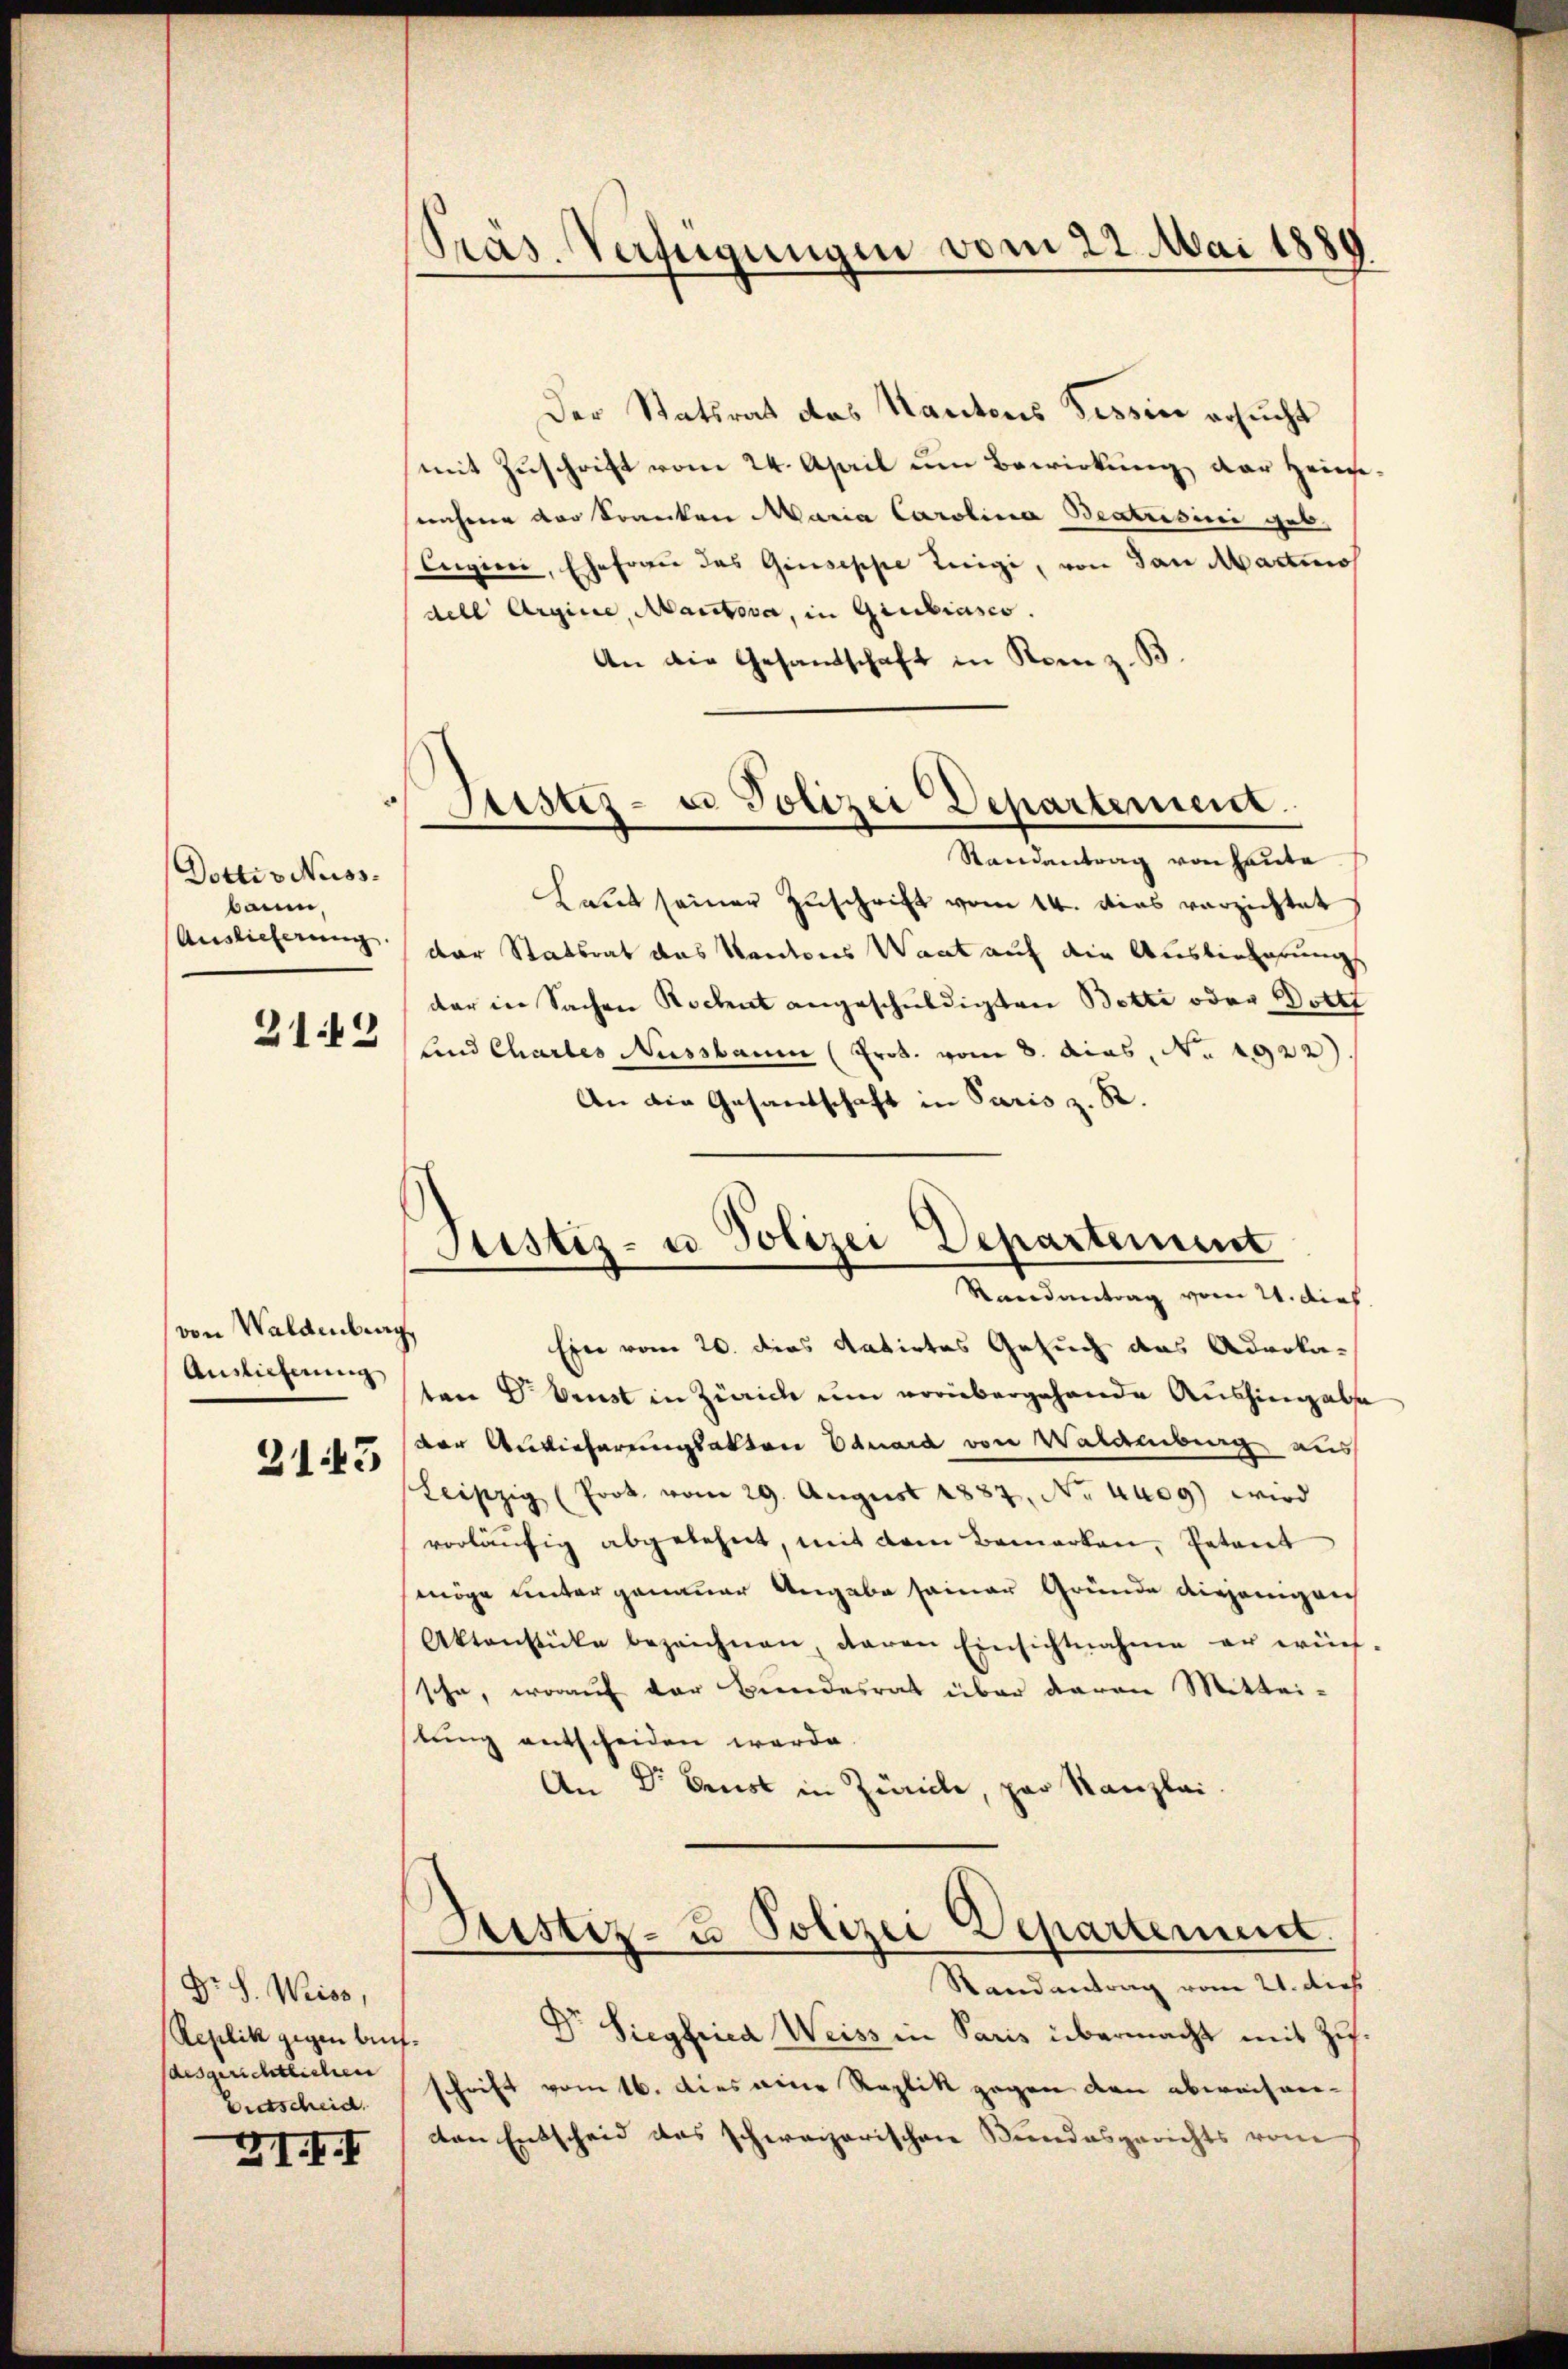
Dottiv Nuss-
baum
Auslieferung
2119

von Waldenburg,
Auslicherung

2143

Dr. S. Weiss,
Replik gegen bef
ausgerichtlichen
Dietscheid.
XII. I

Der Statsrat das Kantons Tessin ersucht
mit Zuschrift vom 24. April um Bewirkung der Heininahme der Sonecken Maria Carolina Beatrisini geb.
Eugici, Ehefrau das Giuseppe Teigi, von San Martinos
dell Argine, Martova, in Giubiasco.
An die Gesandtschaft in Rom z. B.

Präs. Verfügungen vom 22. Mai 1889

Randantrag von heute
Laut seiner Zuschrift vom 14. dies verzichtet
der Statsrat das Kantons Waat auf die Auslieferung
der in Sachen Recht angeschuldigten Bette oder Dotte
lind Chartes Nussbaum (Prot. vom 8. das No. 1922).
An die Gesandschaft in Paris z. R.
Ein vom 20. dies datirtes Gesuch das Advokaton G. Brust in Zürich um vorübergehende Aushingelsa
der Anlieferungsakten Eduard von Waldabung aus
Leipzig (Prot. vom 29. August 1887, No tuog) wird
vorläŭfig abgelehnt, mit dem Bemerken, Petent
möge unter genauer Angabe seiner Gründe diejenigen
Aktenstücke bezeichnen, daran Einsichtnahme er würf
sche, worauf der Bundesrat über davon Mittei-
stung entscheiden worde
An Dr Ernst in Züricle, par Kanzlei.
Justiz- u Polizei Departement.
Randantrag vom 21. dies
Dr. Siegfried Weiss in Paris übermacht mit Zuschrift vom 16. dies eine Replik gegen den abweisenden Entscheid des schweizerischen Bundesgerichts vom

s
Stistes- u Polizei Departement.

Sistiz- u Polizei Departement
Randantrag vom 21. dich